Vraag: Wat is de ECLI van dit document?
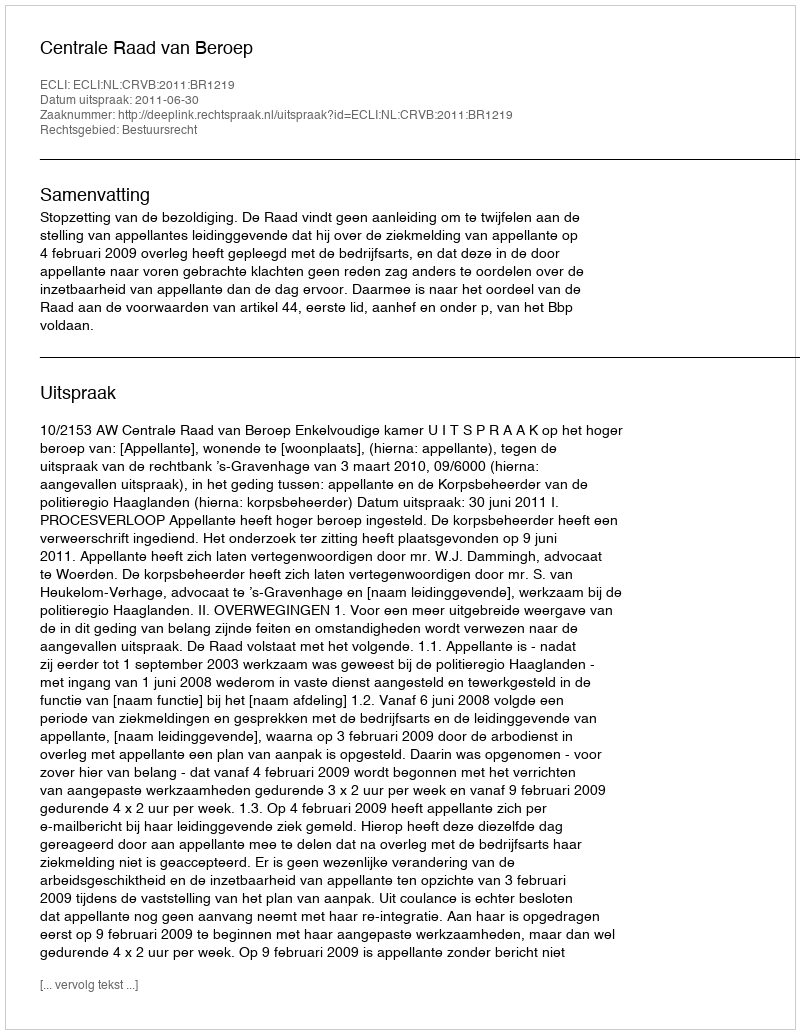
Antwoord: ECLI:NL:CRVB:2011:BR1219